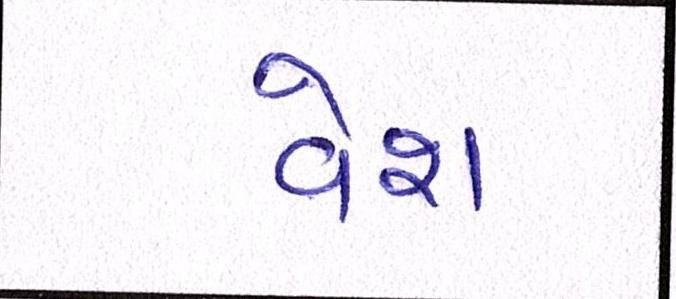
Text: વેશ